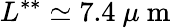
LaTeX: L^{**}\simeq 7.4\ \mu\mathrm{~m~}